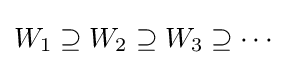
W_{1}\supseteq W_{2}\supseteq W_{3}\supseteq \cdots